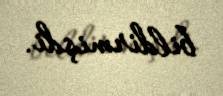
bildirmişdi.